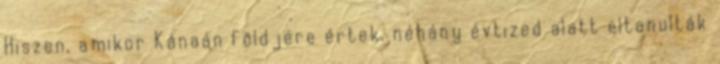
Hiszen, amikor Kánaán földjére értek, néhány évtized alatt eltanulták